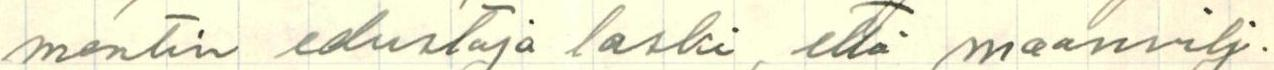
mentin edustaja laski, että maanvilj.